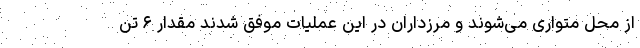
از محل متواری می‌شوند و مرزداران در این عملیات موفق شدند مقدار ۶ تن